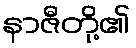
နာဇီတို့၏